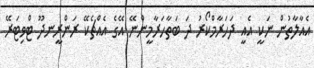
އެއާލާތުން ނަކީ އެއީ ދަހަރާމްކޯރު ދަ ބަތާހަރާމީންނޭ އޭގެ އެއްޗެކޭ ރަންރީނދޫ ޓްވިޓަރޭ